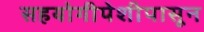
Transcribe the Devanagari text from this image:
सहयोगीपेशीपासून